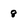
Character: 8